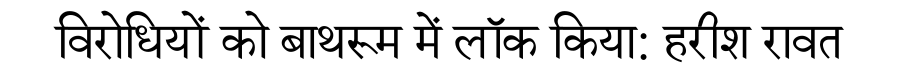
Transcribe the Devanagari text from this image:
विरोधियों को बाथरूम में लॉक किया: हरीश रावत